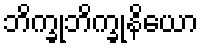
ဘိက္ခုဘိက္ခုနိယော